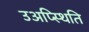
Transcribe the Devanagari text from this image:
उअप्स्थिति